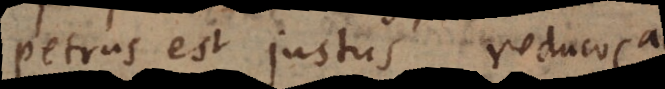
Petrus est justus reduco